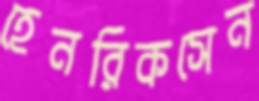
হেনরিকসেন